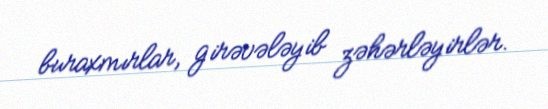
buraxmırlar, girəvələyib zəhərləyirlər.